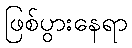
ဖြစ်ပွားနေရာ